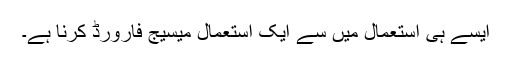
ایسے ہی استعمال میں سے ایک استعمال میسیج فارورڈ کرنا ہے۔